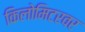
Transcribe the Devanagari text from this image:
किलोमिटरवर